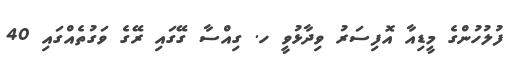
ފުލުހުންގެ މީޑިއާ އޮފިސަރު ވިދާޅުވީ ހ. ގިއްސާ ގޭގައި ރޭގެ ވަގުތެއްގައި 40